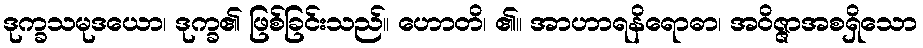
ဒုက္ခသမုဒယော၊ ဒုက္ခ၏ ဖြစ်ခြင်းသည်။ ဟောတိ၊ ၏။ အာဟာရနိရောဓာ၊ အဝိဇ္ဇာအစရှိသော